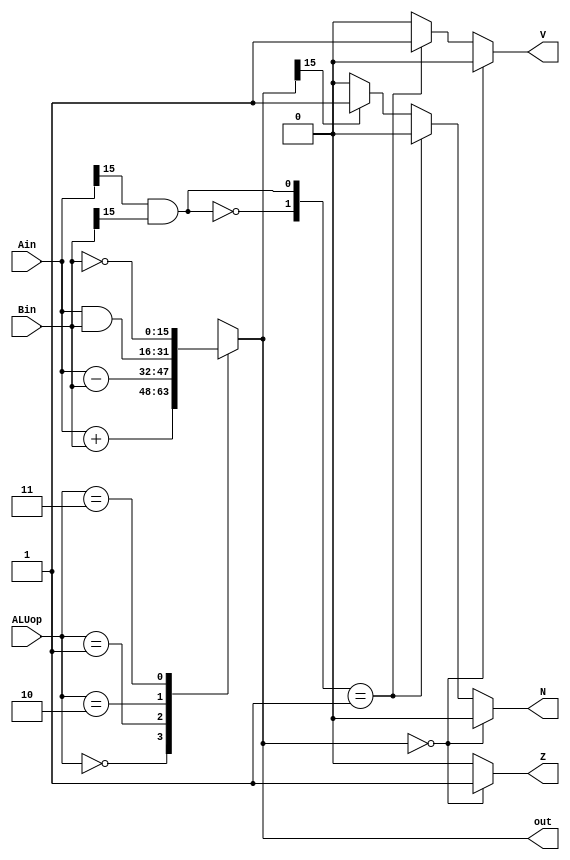
/*

Module: ALU
Purpose: the purpose of the Arithmetic Logic Unit (ALU) is to perform four standard operations - addition, subtraction, bitwise AND (Boolean logic) and bitwise NOT (Boolean logic)

Inputs:
1. Ain (16 bit binary) - input A
2. Bin (16 bit binary) - input B
3.  ALUop (2 bit binary) - this specifices the ALU operation we want to perform using inputs A and B:
	a. if ALUop = 00, we add inputs A and B
	b. if ALUop = 01, we subtract input B from input A
	c. if ALUop = 10, we bitwise AND inputs A and B
	d. if ALUop = 11, we bitwise NOT input B

Outputs:
1. out (16 bit binary) - output of the ALU after specified operation has been performed on inputs A and B 
2. Z, V, N (1 bit binary) - signals to indicate the status of the result of the ALU:
	a. if out = 16'b0,  then Z = 1 (inputs to ALU are equal) 
	b. if out[15] == 1, then N = 1 (output of ALU is negative)
	c. if {~(Ain[15] && Bin[15]),(Ain[15] && Bin[15])} == 2'b01), then V = 1 (output of ALU cannot be represented in 16 bits)

*/


//i/o described in header
module ALU(Ain, Bin, ALUop, out, Z, V, N);
	input [15:0] Ain, Bin;
	input [1:0] ALUop;
	output [15:0] out;
	output Z;
	output V;
	output N;

	reg [15:0] out;
	reg Z, V, N;

always @(*) begin

//cases specified in header
case(ALUop)
	2'b00: out = Ain + Bin; //case 3a.
	2'b01: out = Ain - Bin; //case 3b.
	2'b10: out = Ain & Bin; //case 3c.
	2'b11: out = ~(Bin); //case 3d.
	default: out = 16'bxxxxxxxxxxxxxxxx;  //default case sets all 16 bits of the output to unspecified binary
endcase

//condition explained in header 

if(out == 0) begin //zero condition
	Z = 1;
	V = 0;
	N = 0;
end else if ( {~(Ain[15] && Bin[15]),(Ain[15] && Bin[15])} == 2'b01) begin //overflow condition
	Z = 0;
	V = 1;
	N = 0;
end else if (out[15] == 1) begin //negative condition
	Z = 0;
	V = 0;
	N = 1;
end else begin 
	Z = 0;
	V = 0;
	N = 0;
end
end
endmodule